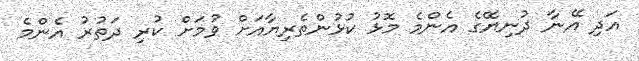
އަދި އޭނާ ދުނިޔޭގެ އެންމެ މޮޅު ކުޅުންތެރިޔާއަށް ވުމަށް ކުރި ދަތުރު އެންމެ